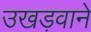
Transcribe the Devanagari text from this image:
उखड़वाने